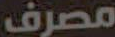
مصرف